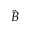
\hat { B }